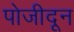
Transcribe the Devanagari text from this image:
पोजीदून